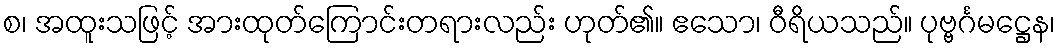
စ၊ အထူးသဖြင့် အားထုတ်ကြောင်းတရားလည်း ဟုတ်၏။ ဧသော၊ ဝီရိယသည်။ ပုဗ္ဗင်္ဂမဋ္ဌေန၊